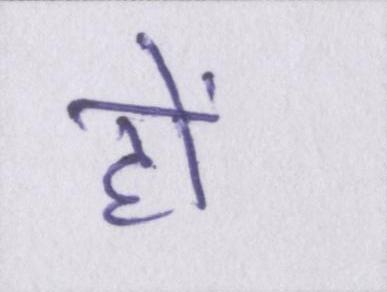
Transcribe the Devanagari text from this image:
हों